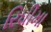
રિધીમા